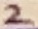
Text: 2